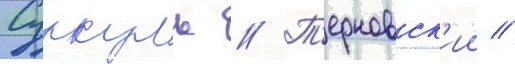
Суркуль // Т'ерновск'ии //